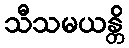
သီသမယန္တိ